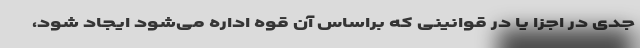
جدی در اجزا یا در قوانینی که براساس آن قوه اداره می‌شود ایجاد شود،